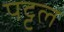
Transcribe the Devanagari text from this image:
पट्टल